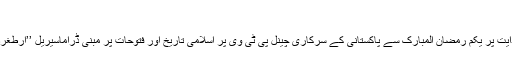
پاکستانی فنکارآمنے سامنے
وزیراعظم عمران خان کی ہدایت پر یکم رمضان المبارک سے پاکستانی کے سرکاری چینل پی ٹی وی پر اسلامی تاریخ اور فتوحات پر مبنی ڈراماسیریل ’’ارطغرل غازی‘‘ پیش کیاجارہا ہے۔